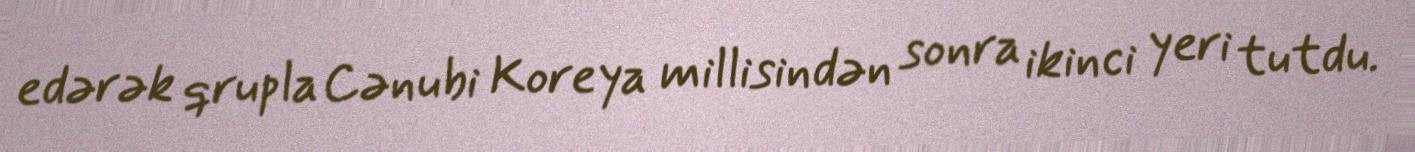
edərək qrupla Cənubi Koreya millisindən sonra ikinci yeri tutdu.